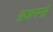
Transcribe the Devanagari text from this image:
प्रजननो